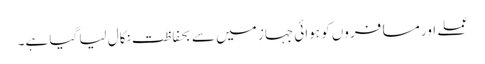
عملے اور مسافروں کو ہوائی جہاز میں سے بحفاظت نکال لیا گیا ہے۔